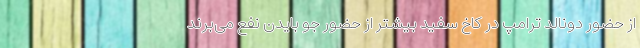
از حضور دونالد ترامپ در کاخ سفید بیشتر از حضور جو بایدن نفع می‌برند